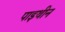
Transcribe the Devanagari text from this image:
पाइथीन